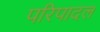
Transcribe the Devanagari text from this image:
परिपादल